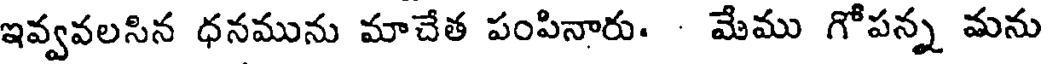
ఇవ్వవలసిన ధనమును మాచేత పంపినారు. - మేము గోపన్న మను